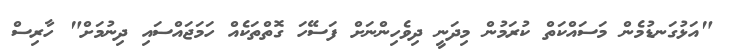
"އަޅުގަނޑުމެން މަސައްކަތް ކުރަމުން މިދަނީ ދިވެހިންނަށް ފަސޭހަ ގޮތްތަކެއް ހަމަޖައްސައި ދިނުމަށް" ހާރިސް